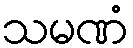
သမဏံ